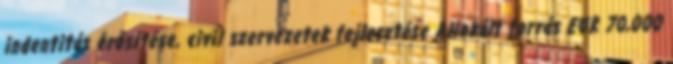
indentitás erősítése, civil szervezetek fejlesztése Allokált forrás EUR 70,000